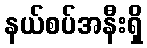
နယ်စပ်အနီးရှိ